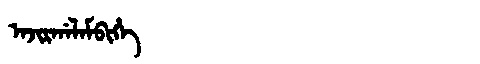
Manchu: ᠠᠵᡳᡵᡤᠠᠯᠠᠮᠪᡳᡥᡝ
Romanization: AJIRGALAMBIHE